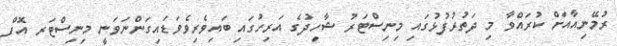
ރުމޭނިއާއަށް ކުރައްވާ މި ދަތުރުފުޅުގައި މިނިސްޓަރު ޝާހިދުގެ އަރިހުގައި ބައިވެރިވެވަޑައިގަންނަވަނީ މިނިސްޓަރ އޮފް